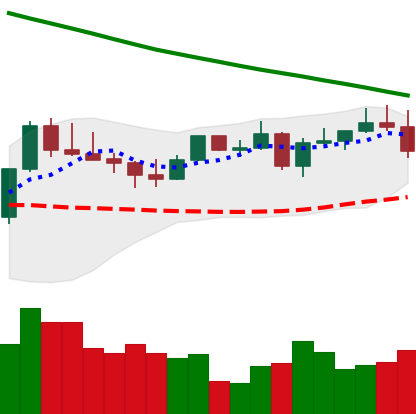
Ticker: LTC-USD
Chart end date: 2022-08-15
Forward return: -10.913%
Label: down_7plus